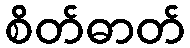
စိတ်ဓာတ်